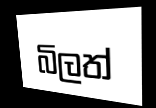
බිලත්